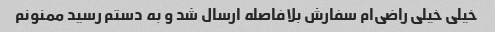
خیلی خیلی راضی‌ام سفارش بلافاصله ارسال شد و به دستم رسید ممنونم